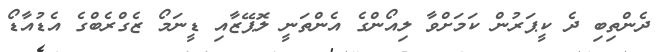
ދެންތިބި ދެ ކީޕަރުން ކަމަށްވާ ލިއޯންގެ އެންތަނީ ލޮޕޭޒާއި ޑީނަމޯ ޒެގްރެބްގެ އެޑުއާޑޯ